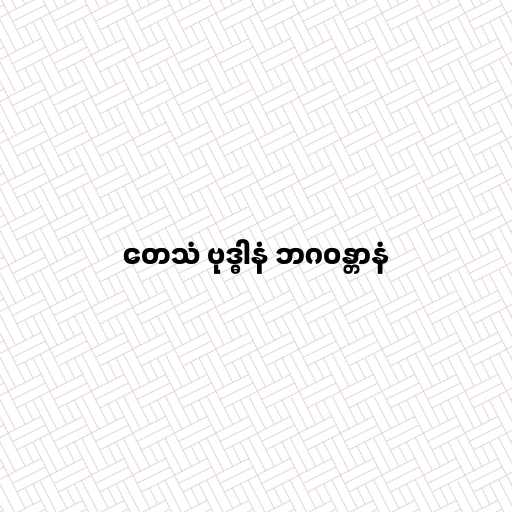
တေသံ ဗုဒ္ဓါနံ ဘဂဝန္တာနံ